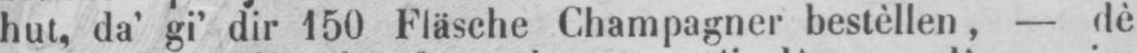
hut, da’ gi’ dir 150 Fläsche Champagner bestèllen, - dè